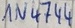
Text: IN4744